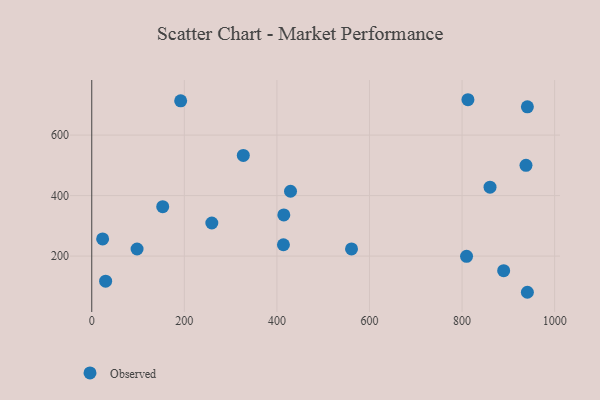
{"axis": {"x": "Ad Spend", "y": "Profit"}, "legend": ["Observed"], "data": [{"x": "889.9", "y": 152.0, "type": "Observed"}, {"x": "561.2", "y": 223.8, "type": "Observed"}, {"x": "192.1", "y": 713.2, "type": "Observed"}, {"x": "97.9", "y": 223.6, "type": "Observed"}, {"x": "327.4", "y": 532.9, "type": "Observed"}, {"x": "860.4", "y": 427.9, "type": "Observed"}, {"x": "23.5", "y": 256.8, "type": "Observed"}, {"x": "153.3", "y": 363.3, "type": "Observed"}, {"x": "429.4", "y": 414.4, "type": "Observed"}, {"x": "941.1", "y": 80.5, "type": "Observed"}, {"x": "941.1", "y": 693.6, "type": "Observed"}, {"x": "259.4", "y": 309.5, "type": "Observed"}, {"x": "938.1", "y": 500.3, "type": "Observed"}, {"x": "414.1", "y": 237.6, "type": "Observed"}, {"x": "414.9", "y": 336.1, "type": "Observed"}, {"x": "30.0", "y": 117.2, "type": "Observed"}, {"x": "809.7", "y": 199.4, "type": "Observed"}, {"x": "812.7", "y": 717.0, "type": "Observed"}]}